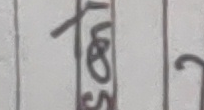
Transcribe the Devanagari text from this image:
५००